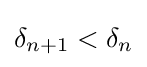
\delta _{n+1}<\delta _{n}